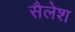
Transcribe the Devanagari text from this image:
सैलेश